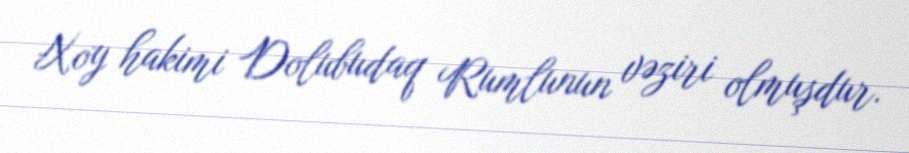
Xoy hakimi Dolubudaq Rumlunun vəziri olmuşdur.